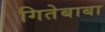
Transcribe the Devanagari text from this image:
गितेबाबा